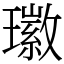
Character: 𤪖